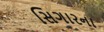
સિગારના